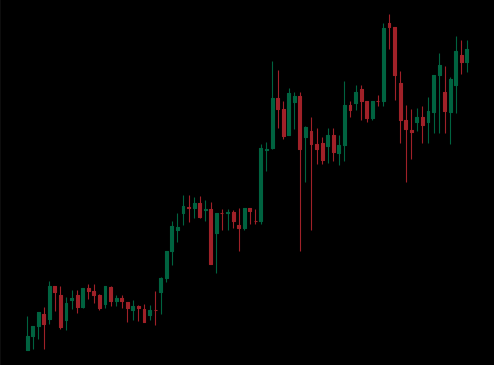
Pattern: unclassified